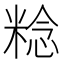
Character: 𥺴